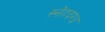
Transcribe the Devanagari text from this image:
स्नेहदग्ध